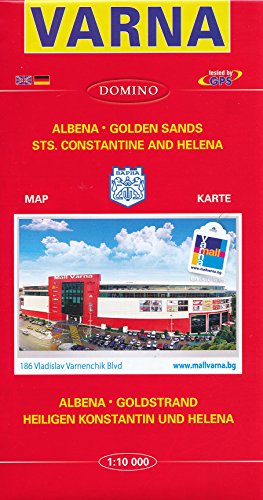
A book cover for Varna (Bulgaria) 1:10,000 Street Map with Albena, Golden Sands and St.Constantine DOMINO; Domino; Travel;